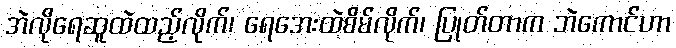
အဲလိုရေဆူထဲထည့်လိုက်၊ ရေအေးထဲစိမ်လိုက်၊ ပြုတ်တာက ဘဲကောင်ဟာ